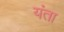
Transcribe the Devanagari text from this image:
यंता